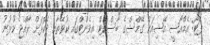
ފޮޓޯ: އެމްއޯސީ އޭޝިއަން ގޭމްސްގެ ބާސްކެޓް އިވެންޓްގައި ކުވޭތާއި ދެކޮޅަށް ރާއްޖެ ކުޅުނު